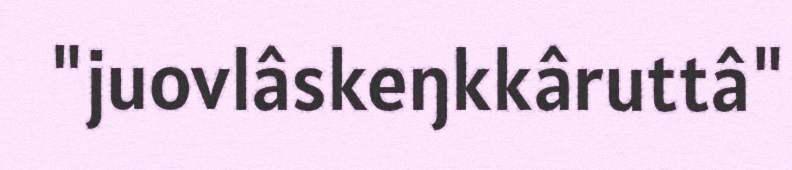
"juovlâskeŋkkâruttâ"